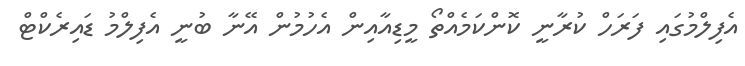
އެފިލްމުގައި ފަރަހް ކުރާނީ ކޮންކަމެއްތޯ މީޑިއާއިން އެހުމުން އޭނާ ބުނީ އެފިލްމު ޑައިރެކްޓް